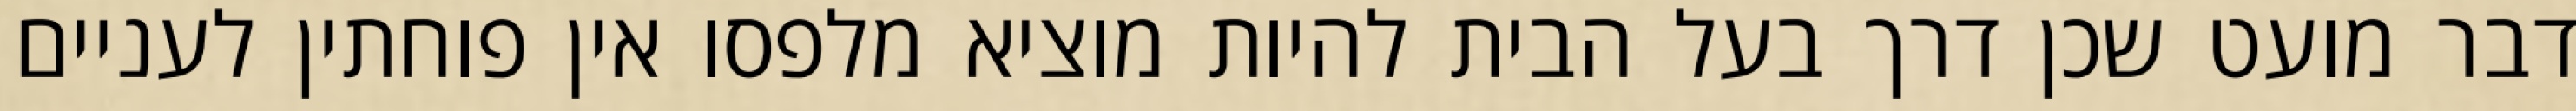
דבר מועט שכן דרך בעל הבית להיות מוציא מלפסו אין פוחתין לעניים